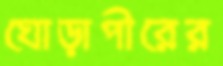
ঘোড়াপীরের